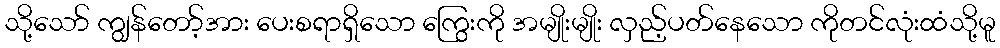
သို့သော် ကျွန်တော့်အား ပေးစရာရှိသော ကြွေးကို အမျိုးမျိုး လှည့်ပတ်နေသော ကိုတင်လုံးထံသို့မူ